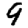
Digit: 9